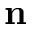
\mathbf { n }